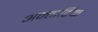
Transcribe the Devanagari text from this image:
अन्तार्टिक